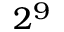
2 ^ { 9 }